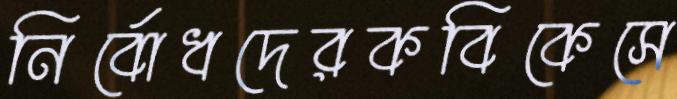
নির্বোধদেরকবিকেসে